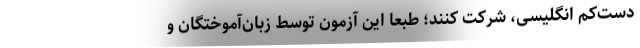
دست‌کم انگلیسی،‌ شرکت کنند؛ طبعاً این آزمون توسط زبان‌آموختگان و